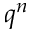
q ^ { n }